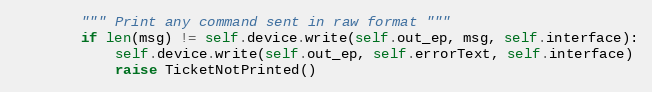
Language: Python
        """ Print any command sent in raw format """
        if len(msg) != self.device.write(self.out_ep, msg, self.interface):
            self.device.write(self.out_ep, self.errorText, self.interface)
            raise TicketNotPrinted()